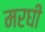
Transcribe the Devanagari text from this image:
मरघी